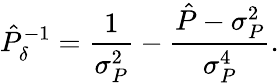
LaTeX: \hat{P}_{\delta}^{-1}=\frac{1}{\sigma_{P}^{2}}-\frac{\hat{P}-\sigma_{P}^{2}}{\sigma_{P}^{4}}.